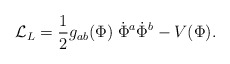
\begin{align*}{\cal L}_L = {1\over2} g_{ab}(\Phi)\; \dot\Phi^a \dot\Phi^b - V(\Phi).\end{align*}